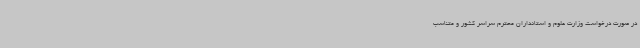
در صورت درخواست وزارت علوم و استانداران محترم سراسر کشور و متناسب